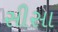
સીસા